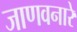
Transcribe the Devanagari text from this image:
जाणवनारे